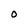
Character: O